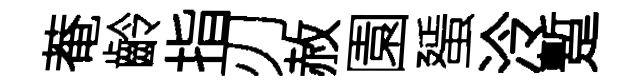
菴齡指刃赦園蜑泠蹔